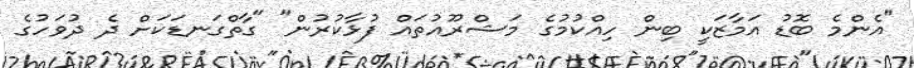
"އެންމެ ބޮޑު އަމާޒަކީ ބިން ހިއްކުމުގެ މަޝްރޫއުތައް ފުޅާކުރުން" "ގާތްގަނޑަކަށް ދެ ދުވަހުގެ